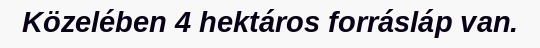
Közelében 4 hektáros forrásláp van.